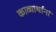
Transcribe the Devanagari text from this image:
काव्यार्थानां